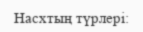
Насхтың түрлері: